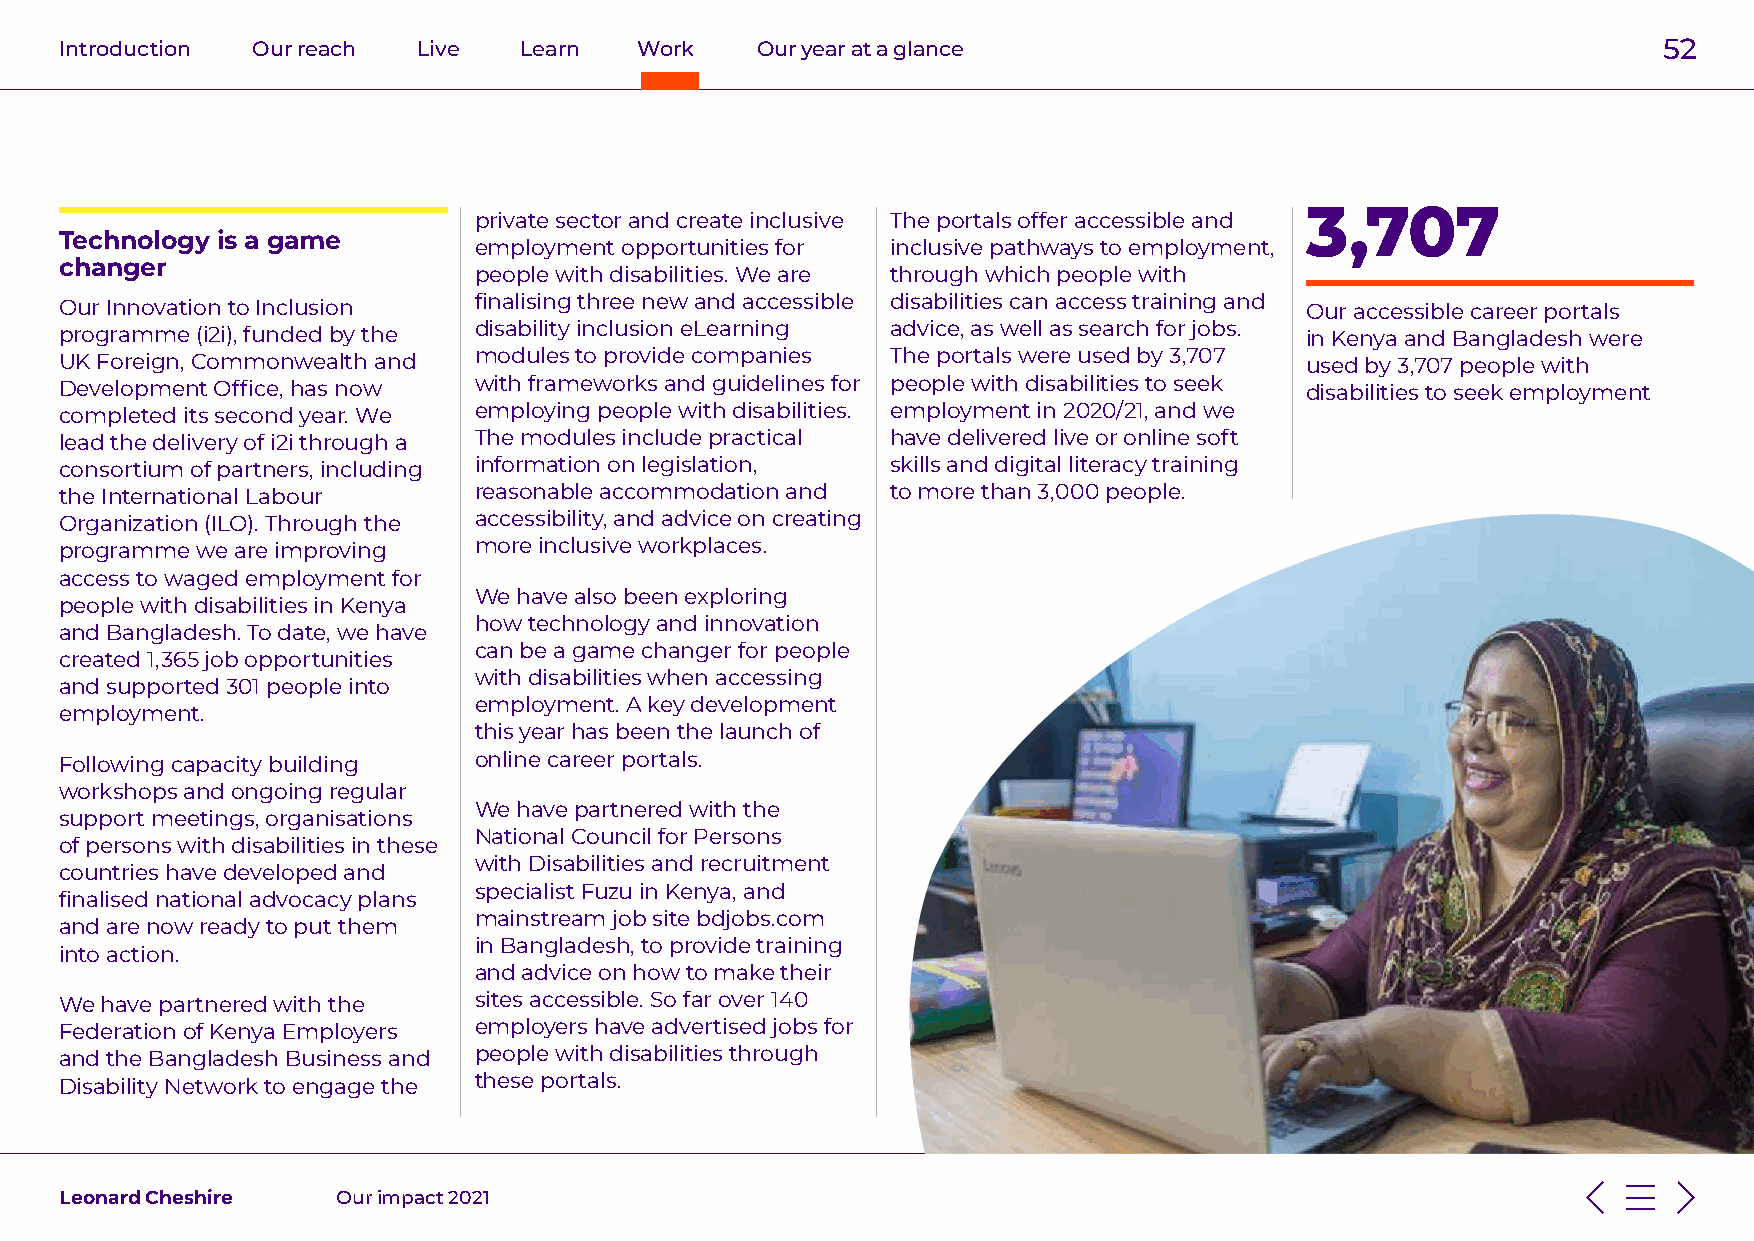
Introduction Our reach  Live  Learn   Work    Our year at a glance                                        52
 3,707
 private sector and create inclusive The portals offer accessible and
 Technology is a game
 employment opportunities for inclusive pathways to employment,
 changer
 people with disabilities. We are through which people with
 Our Innovation to Inclusion finalising three new and accessible disabilities can access training and Our accessible career portals
 programme (i2i), funded by the disability inclusion eLearning advice, as well as search for jobs. in Kenya and Bangladesh were
 UK Foreign, Commonwealth and modules to provide companies The portals were used by 3,707 used by 3,707 people with
 Development Office, has now with frameworks and guidelines for people with disabilities to seek disabilities to seek employment
 completed its second year. We employing people with disabilities. employment in 2020/21, and we
 lead the delivery of i2i through a The modules include practical have delivered live or online soft
 consortium of partners, including information on legislation, skills and digital literacy training
 the International Labour   reasonable accommodation and to more than 3,000 people.
 Organization (ILO). Through the accessibility, and advice on creating
 programme we are improving more inclusive workplaces.
 access to waged employment for
 We have also been exploring
 people with disabilities in Kenya
 how technology and innovation
 and Bangladesh. To date, we have
 can be a game changer for people
 created 1,365 job opportunities
 with disabilities when accessing
 and supported 301 people into
 employment. A key development
 employment.
 this year has been the launch of
 Following capacity building online career portals.
 workshops and ongoing regular
 We have partnered with the
 support meetings, organisations
 National Council for Persons
 of persons with disabilities in these
 with Disabilities and recruitment
 countries have developed and
 specialist Fuzu in Kenya, and
 finalised national advocacy plans
 mainstream job site bdjobs.com
 and are now ready to put them
 in Bangladesh, to provide training
 into action.
 and advice on how to make their
 We have partnered with the sites accessible. So far over 140
 Federation of Kenya Employers employers have advertised jobs for
 and the Bangladesh Business and people with disabilities through
 Disability Network to engage the these portals.
 Leonard Cheshire  Our impact 2021